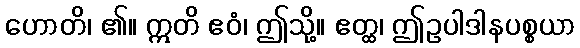
ဟောတိ၊ ၏။ ဣတိ ဧဝံ၊ ဤသို့။ ဧတ္ထ၊ ဤဥပါဒါနပစ္စယာ